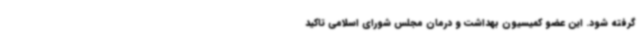
گرفته شود. این عضو کمیسیون بهداشت و درمان مجلس شورای اسلامی تاکید